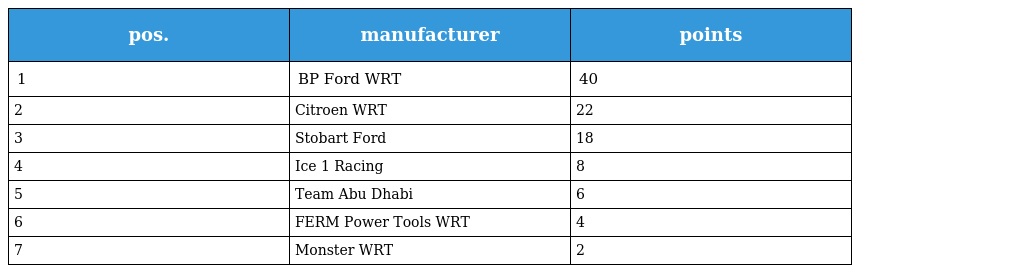
| pos. | manufacturer | points |
 | --- | --- | --- |
 | 1 | BP Ford WRT | 40 |
 | 2 | Citroen WRT | 22 |
 | 3 | Stobart Ford | 18 |
 | 4 | Ice 1 Racing | 8 |
 | 5 | Team Abu Dhabi | 6 |
 | 6 | FERM Power Tools WRT | 4 |
 | 7 | Monster WRT | 2 |